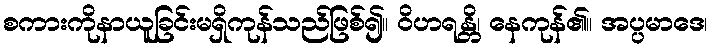
စကားကိုနာယူခြင်းမရှိကုန်သည်ဖြစ်၍။ ဝိဟရန္တိ၊ နေကုန်၏။ အပ္ပမာဒေ၊